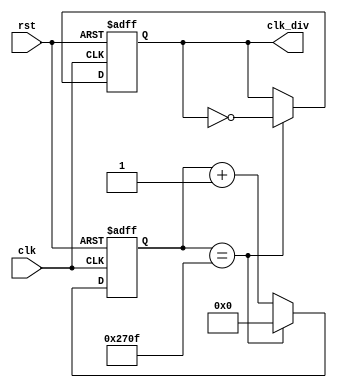
module ClockDivider(
    input clk,
    input rst,    // Added reset signal
    output reg clk_div
);

localparam target_count = 50_000_000 / 5000;
reg [29:0] count = 0;  // Explicit initialization for simulation

always @(posedge clk or negedge rst) begin
    if (!rst) begin
        count <= 0;
        clk_div <= 0;  // Resetting state
    end
    else if (count == target_count - 1) begin  // Adjusted for off-by-one error
        count <= 0;
        clk_div <= ~clk_div;  // Toggle clk_div
    end else begin
        count <= count + 1;
    end
    // Removed "clk_div <= clk_div;" as it is unnecessary outside of reset and toggle conditions
end

endmodule